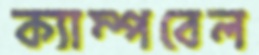
ক্যাম্পবেল